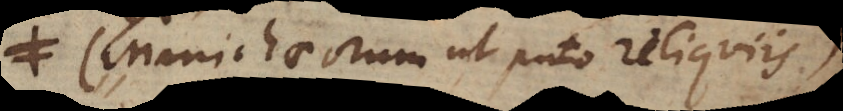
Manichaeorum ut puto reliquiis),